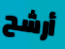
أرشح